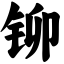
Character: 铆